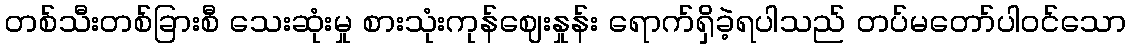
တစ်သီးတစ်ခြားစီ သေးဆုံးမှု စားသုံးကုန်ဈေးနှုန်း ရောက်ရှိခဲ့ရပါသည် တပ်မတော်ပါဝင်သော